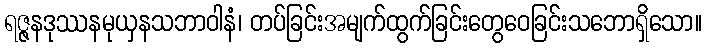
ရဇ္ဇနဒုဿနမုယှနသဘာဝါနံ၊ တပ်ခြင်းအမျက်ထွက်ခြင်းတွေဝေခြင်းသဘောရှိသော။